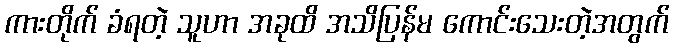
ကားတိုက် ခံရတဲ့ သူဟာ အခုထိ အသိပြန်မ ကောင်းသေးတဲ့အတွက်